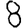
Digit: 8